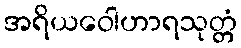
အရိယဝေါဟာရသုတ္တံ